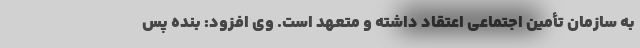
به سازمان تأمین اجتماعی اعتقاد داشته و متعهد است. وی افزود: بنده پس